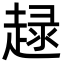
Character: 趢